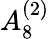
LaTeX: {A}_{8}^{(2)}